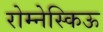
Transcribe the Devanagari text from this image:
रोम्नेस्किऊ